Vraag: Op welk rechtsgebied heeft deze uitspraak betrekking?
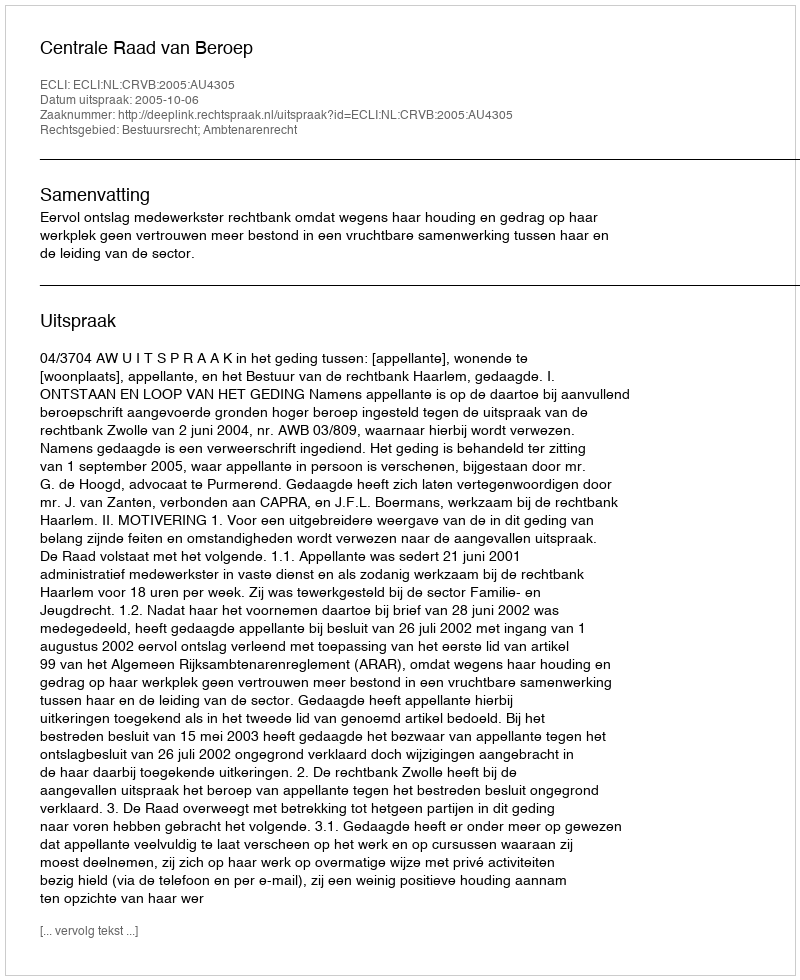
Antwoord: Bestuursrecht; Ambtenarenrecht